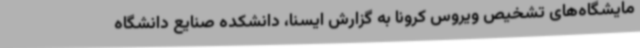
مایشگاه‌های تشخیص ویروس کرونا به گزارش ایسنا، دانشکده صنایع دانشگاه